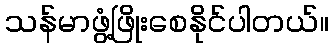
သန်မာဖွံ့ဖြိုးစေနိုင်ပါတယ်။